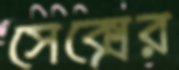
সেক্সের